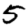
Digit: 5